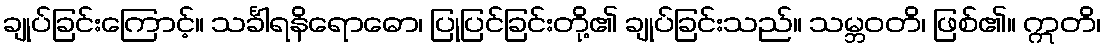
ချုပ်ခြင်းကြောင့်။ သင်္ခါရနိရောဓော၊ ပြုပြင်ခြင်းတို့၏ ချုပ်ခြင်းသည်။ သမ္ဘဝတိ၊ ဖြစ်၏။ ဣတိ၊